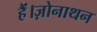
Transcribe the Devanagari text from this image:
हैं।ज़ोनाथन